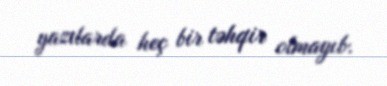
yazılarda heç bir təhqir olmayıb.